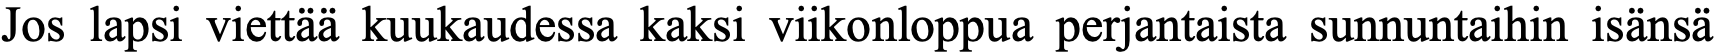
Jos lapsi viettää kuukaudessa kaksi viikonloppua perjantaista sunnuntaihin isänsä